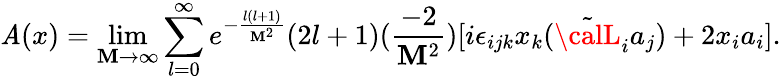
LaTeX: {\cal\mathit{A}}(x)=\operatorname*{lim}_{\mathbf{M}\rightarrow\infty}\sum_{l=0}^{\infty}e^{-\frac{{l(l+1)}}{{\mathbf{M}^{2}}}}(2l+1)(\frac{{-2}}{{\mathbf{M}^{2}}})[i\epsilon_{ijk}x_{k}(\tilde{{\calL}}_{i}a_{j})+2x_{i}a_{i}].